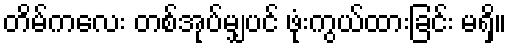
တိမ်ကလေး တစ်အုပ်မျှပင် ဖုံးကွယ်ထားခြင်း မရှိ။